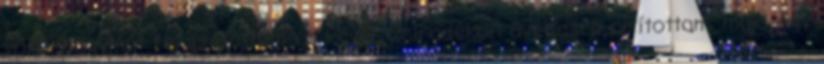
vöröshagymát felaprítottam és kevés zsiradékon üvegesre pirítottam, majd egy